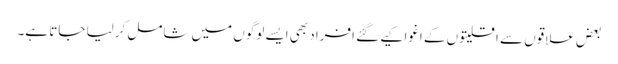
بعض علاقوں سے اقلیتوں کے اغوا کیے گئے افراد بھی ایسے لوگوں میں شامل کرلیا جاتا ہے۔